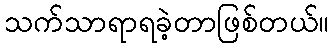
သက်သာရာရခဲ့တာဖြစ်တယ်။